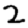
Digit: 2